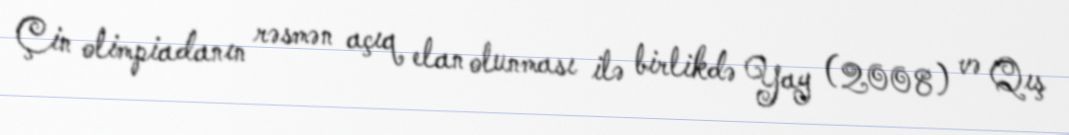
Çin olimpiadanın rəsmən açıq elan olunması ilə birlikdə Yay (2008) və Qış